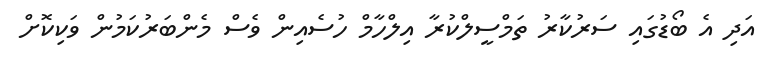
އަދި އެ ބޯޑުގައި ސަރުކާރު ތަމްސީލްކުރާ އިލްހާމް ހުސެއިން ވެސް މެންބަރުކަމުން ވަކިކޮށް